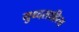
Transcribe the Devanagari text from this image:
युध्दसाहित्य